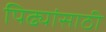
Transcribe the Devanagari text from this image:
पिढ्यांसाठी